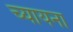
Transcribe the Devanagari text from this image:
च्यायना